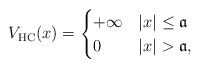
\begin{align*} V_\mathrm{HC}(x)= \begin{cases}+\infty &|x|\le \mathfrak{a}\\0 & |x| > \mathfrak{a},\end{cases}\end{align*}